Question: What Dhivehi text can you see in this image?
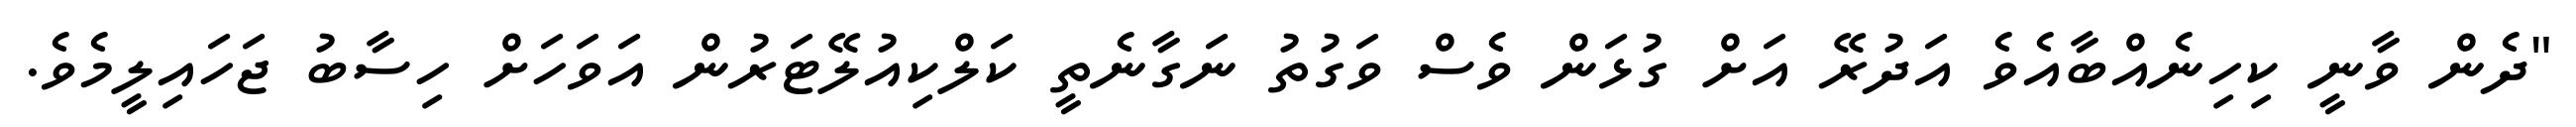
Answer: "ދެން ވާނީ ކިހިނެއްބާއެވެ އަދުރޭ އަށް ގުޅަން ވެސް ވަގުތު ނަގާނެތީ ކަލްކިއުލޭޓަރުން އަވަހަށް ހިސާބު ޖަހައިލީމެވެ.